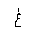
Letter: _gayn